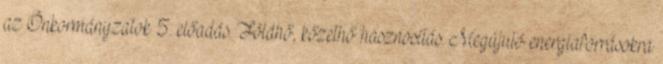
az Önkormányzatok 5. előadás. Földhő, kőzethő hasznosítás. Megújuló energiaforrásokra